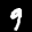
Label: 9